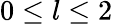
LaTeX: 0\leq l\leq 2